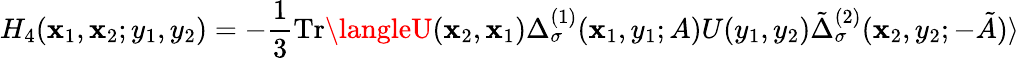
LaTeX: H_{4}(\mathbf{x}_{1},\mathbf{x}_{2};y_{1},y_{2})=-{\frac{{1}}{{3}}}\mathrm{{Tr}}\langleU(\mathbf{x}_{2},\mathbf{x}_{1})\Delta_{\sigma}^{(1)}(\mathbf{x}_{1},y_{1};A)U(y_{1},y_{2})\tilde{{\Delta}}_{\sigma}^{(2)}(\mathbf{x}_{2},y_{2};-\tilde{{A}})\rangle